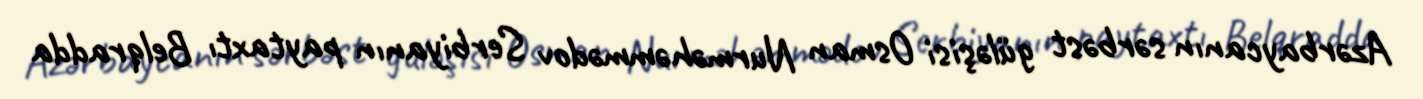
Azərbaycanın sərbəst güləşisi Osman Nurməhəmmədov Serbiyanın paytaxtı Belqradda